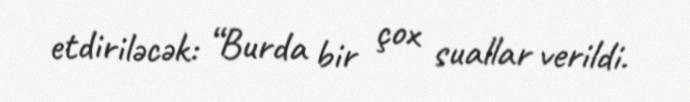
etdiriləcək: “Burda bir çox suallar verildi.